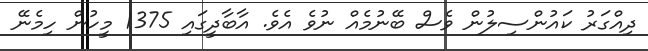
ދިއްގަރު ކައުންސިލުން ވެސް ބޭނުމެއް ނުވެ އެވެ. އާާބާދީގައި 1375 މީހުން ހިމެނޭ